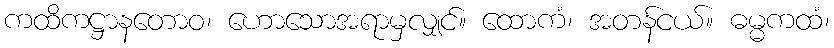
ကထိကဋ္ဌာနတောဝ၊ ဟောသောအရာမှလျှင်။ ထောကံ၊ အတန်ငယ်။ ဓမ္မကထံ၊